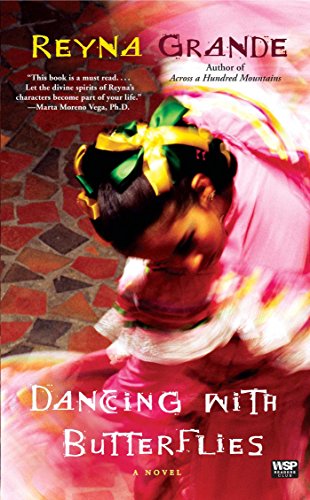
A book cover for Dancing with Butterflies: A Novel; Reyna Grande; Literature & Fiction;